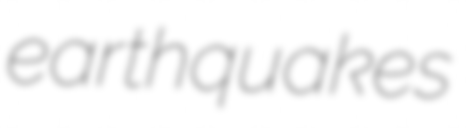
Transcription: earthquakes